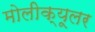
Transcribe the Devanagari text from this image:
मोलीक्यूलर